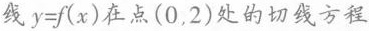
线 $$y = f ( x )$$ 在点(0，2)处的切线方程